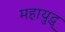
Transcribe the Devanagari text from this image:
महायुद्ध्